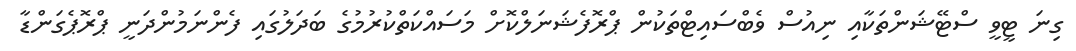
ގިނަ ޓީވީ ސްޓޭޝަންތަކާއި ނިއުސް ވެބްސައިޓްތަކުން ޕްރޮފެޝަނަލްކޮށް މަސައްކަތްކުރުމުގެ ބަދަލުގައި ފެންނަމުންދަނީ ޕްރޮޕެގަންޑާ